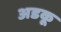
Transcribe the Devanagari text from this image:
अडकू